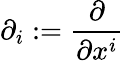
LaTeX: \partial_{i}:={\frac{\partial}{\partial x^{i}}}